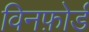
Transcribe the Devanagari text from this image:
विनफ़ोर्ड